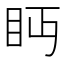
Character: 眄